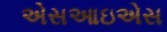
એસઆઇએસ